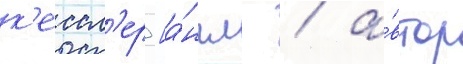
к'ессл'ер [а́нгл. / а́втор